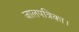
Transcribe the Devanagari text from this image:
जालपत्रिका।